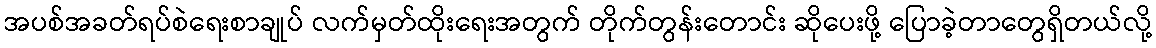
အပစ်အခတ်ရပ်စဲရေးစာချုပ် လက်မှတ်ထိုးရေးအတွက် တိုက်တွန်းတောင်း ဆိုပေးဖို့ ပြောခဲ့တာတွေရှိတယ်လို့